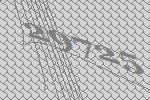
29725